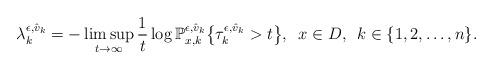
LaTeX: \begin{align*}\lambda_{k}^{\epsilon, \hat{v}_k} = -\limsup_{t \rightarrow \infty} \frac{1}{t} \log \mathbb{P}_{x, k}^{\epsilon, \hat{v}_k} \bigl \{\tau_{k}^{\epsilon, \hat{v}_k} > t \bigr\}, \,\,\, x \in D, \,\,\, k \in \{1,2, \ldots, n\}.\end{align*}